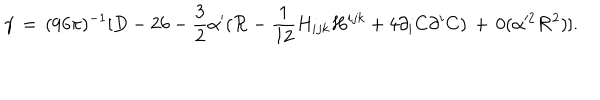
\gamma \, = \, ( 9 6 \pi ) ^ { - 1 } [ D - 2 6 - \frac { 3 } { 2 } \alpha ^ { \prime } ( { \cal R } - \frac { 1 } { 1 2 } H _ { i j k } H ^ { i j k } + 4 \partial _ { i } C \partial ^ { i } C ) \, + \, 0 ( \alpha ^ { 2 } { \cal R } ^ { 2 } ) ] .